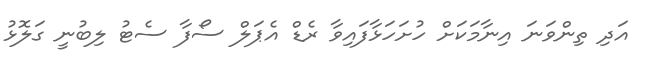
އަދި ތިންވަނަ އިނާމަކަށް ހުށަހަޅާފައިވާ ރެޑް އެޕަލް ސޯފާ ސެޓު ލިބުނީ ގަލޮޅު